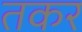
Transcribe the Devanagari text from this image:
तकर